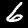
Label: 6